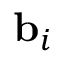
\mathbf { { b } } _ { i }